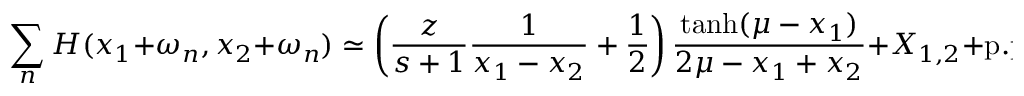
\sum _ { n } H ( x _ { 1 } + \omega _ { n } , x _ { 2 } + \omega _ { n } ) \simeq \left( \frac { z } { s + 1 } \frac { 1 } { x _ { 1 } - x _ { 2 } } + \frac { 1 } { 2 } \right) \frac { \operatorname { t a n h } ( \mu - x _ { 1 } ) } { 2 \mu - x _ { 1 } + x _ { 2 } } + X _ { 1 , 2 } + \mathrm { p . p . c . } \, .